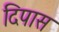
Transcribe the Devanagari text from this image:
दिपास